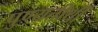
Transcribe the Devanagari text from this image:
पुण्यतीर्थी